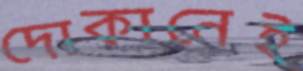
দোকানেই